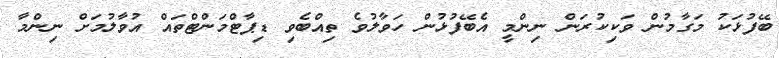
ބޭފުޅަކު މަގާމުން ވަކިކުރަން ނިންމީ އެބޭފުޅުން ހަވާލުވެ ތިއްބެވި ޑިޕާޓްމަންޓްތައް އުވާލުމަށް ނިންމާ